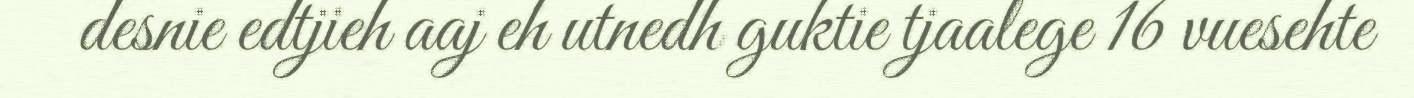
desnie edtjieh aaj eh utnedh guktie tjaalege 16 vuesehte